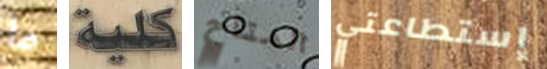
ما كلية المتاح إستطاعتي